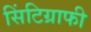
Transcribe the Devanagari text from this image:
सिंटिग्राफी